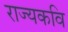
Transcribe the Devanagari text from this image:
राज्यकवि